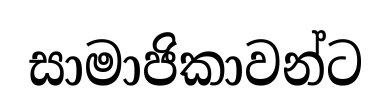
සාමාජිකාවන්ට